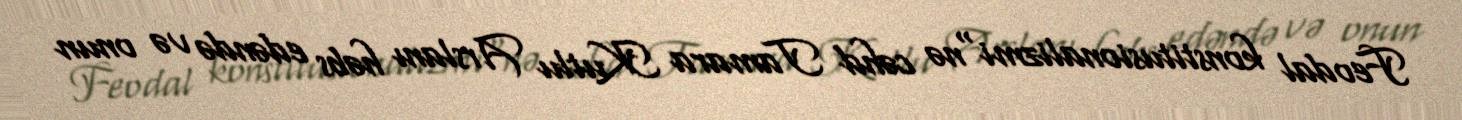
Feodal konstitusionalizmi"nə cəhd Tamara Kutlu Arslanı həbs edəndə və onun